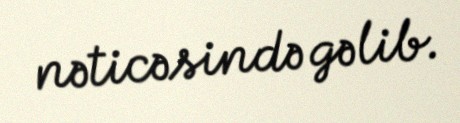
nəticəsində gəlib.